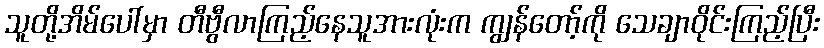
သူတို့အိမ်ပေါ်မှာ တီဗွီလာကြည့်နေသူအားလုံးက ကျွန်တော့်ကို သေချာဝိုင်းကြည့်ပြီး